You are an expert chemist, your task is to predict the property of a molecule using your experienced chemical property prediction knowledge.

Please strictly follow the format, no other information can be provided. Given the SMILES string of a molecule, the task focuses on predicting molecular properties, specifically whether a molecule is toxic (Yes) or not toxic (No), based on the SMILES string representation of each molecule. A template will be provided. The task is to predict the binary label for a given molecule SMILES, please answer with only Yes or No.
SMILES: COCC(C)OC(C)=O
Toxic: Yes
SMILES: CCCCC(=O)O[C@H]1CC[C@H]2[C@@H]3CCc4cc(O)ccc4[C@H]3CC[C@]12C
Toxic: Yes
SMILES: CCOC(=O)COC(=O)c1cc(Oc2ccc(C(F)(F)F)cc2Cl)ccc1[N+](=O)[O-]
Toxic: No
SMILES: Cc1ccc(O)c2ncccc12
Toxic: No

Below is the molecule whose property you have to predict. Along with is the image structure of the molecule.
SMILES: CN1[C@H]2CC[C@@H]1C[C@H](OC(=O)C(CO)c1ccccc1)C2.CN1[C@H]2CC[C@@H]1C[C@H](OC(=O)C(CO)c1ccccc1)C2
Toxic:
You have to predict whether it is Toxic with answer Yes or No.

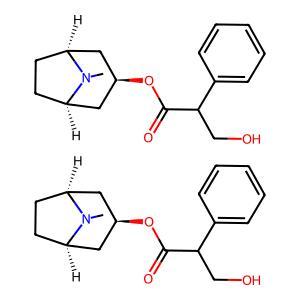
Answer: No